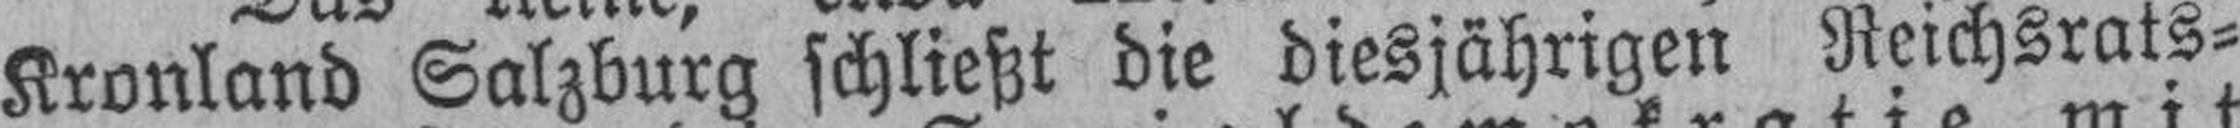
Kronland Salzburg schließt die diesjährigen Reichsrats¬